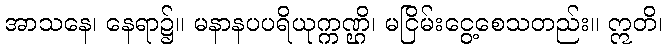
အာသနေ၊ နေရာ၌။ မနာနပပရိယုက္ကဏ္ဌိ၊ မငြိမ်းငွေ့စေသတည်း။ ဣတိ၊